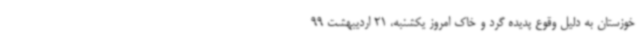
خوزستان به دلیل وقوع پدیده گرد و خاک امروز یکشنبه، 21 اردیبهشت 99